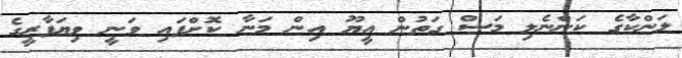
ލަންކާގެ ކަންނެލި މަސް ގަތުން އީޔޫ އިން މަނާ ކޮށްފައި ވަނީ ވިޔަފާރީގެ